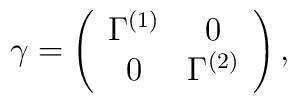
\gamma = \left( \begin{array}{cc}\Gamma^{(1)} & 0 \\0 & \Gamma^{(2)}\end{array} \right),